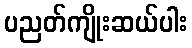
ပညတ်ကျိုးဆယ်ပါး